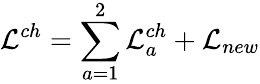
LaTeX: {\cal{L}}^{ch}=\sum_{a=1}^{2}{\cal{L}}_{a}^{ch}+{\cal{L}}_{new}